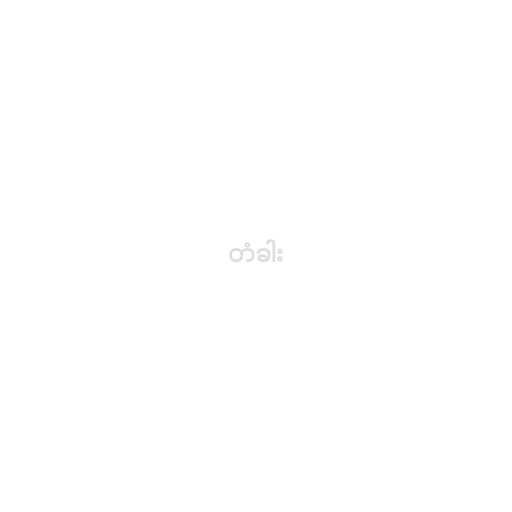
တံခါး